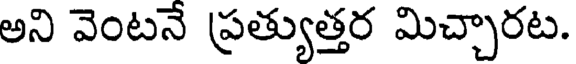
అని వెంటనే ప్రత్యుత్తర మిచ్చారట.